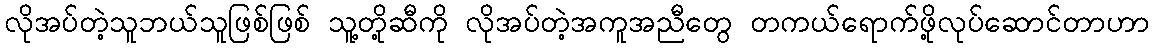
လိုအပ်တဲ့သူဘယ်သူဖြစ်ဖြစ် သူ့တို့ဆီကို လိုအပ်တဲ့အကူအညီတွေ တကယ်ရောက်ဖို့လုပ်ဆောင်တာဟာ